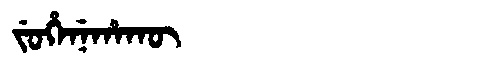
Manchu: ᠵᡠᡥᡝᠨᡝᡥᠠᡴᡡ
Romanization: JUHENEHAKŪ